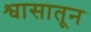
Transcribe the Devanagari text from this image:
श्वासातून